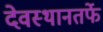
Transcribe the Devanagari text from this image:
देवस्थानतर्फे